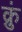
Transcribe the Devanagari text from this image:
क्रुं